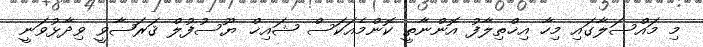
މި މައްސަލާގައި މިހާ އިޚްތިލާފު އޮންނާތީ ކޮންމެއަކަސް ޝައިޚް ޔޫސުފުލް ޤަރަޟާވީ ވިދާޅުވަނީ